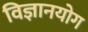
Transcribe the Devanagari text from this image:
विज्ञानयोग